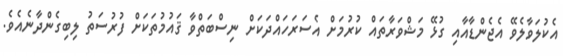
އެކުލަވާލެވޭ އެޖެންޑާއާއި ގުޅޭ މަޝްވަރާތައް ކުރުމަށް އެސަރަހައްދަކަށް ނިސްބަތްވާ ޤައުމުތަކަށް ފުރުސަތު ލިބިގެންދާނެއެވެ.